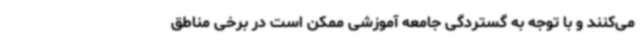
می‌کنند و با توجه به گستردگی جامعه آموزشی ممکن است در برخی مناطق